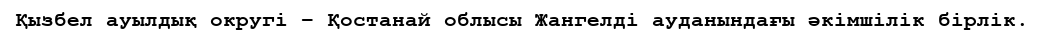
Қызбел ауылдық округі – Қостанай облысы Жангелді ауданындағы әкімшілік бірлік.